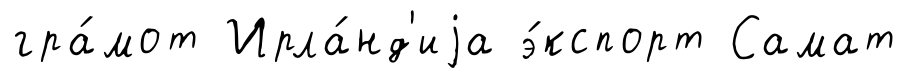
гра́мот Ирла́нд'иjа э́кспорт Самат